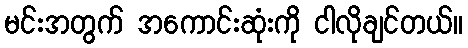
မင်းအတွက် အကောင်းဆုံးကို ငါလိုချင်တယ်။